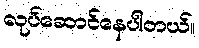
လုပ်ဆောင်နေပါတယ်။